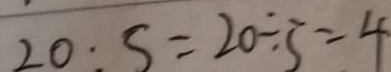
2 0 : 5 = 2 0 \div 5 = 4